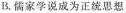
B.儒家学说成为正统思想